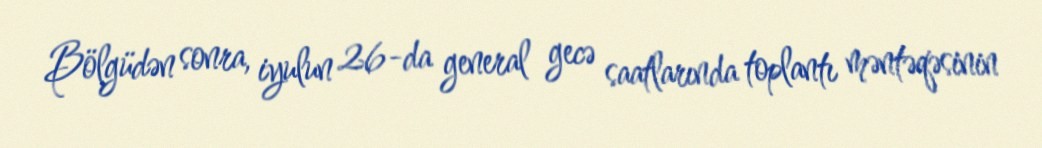
Bölgüdən sonra, iyulun 26-da general gecə saatlarında toplantı məntəqəsinin